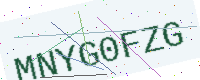
Text: MNYG0FZG